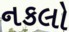
નકલો